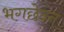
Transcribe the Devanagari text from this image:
भगछेदन